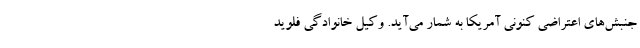
جنبش‌های اعتراضی کنونی آمریکا به شمار می‌‌آید. وکیل خانوادگی فلوید